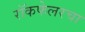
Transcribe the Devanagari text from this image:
रॉकफेलरचा